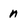
Character: n